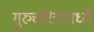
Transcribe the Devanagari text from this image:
गुरुचरित्रामध्ये